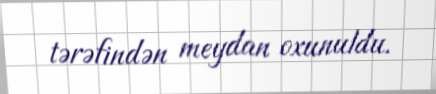
tərəfindən meydan oxunuldu.